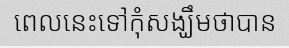
ពេលនេះទៅកុំសង្ឃឹមថាបាន